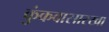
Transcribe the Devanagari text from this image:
कुंकवासारखा